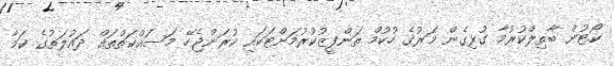
ކޯޓުން ބާތިލްކުރުމާ ގުޅިގެން މަރުގެ ހުކުމް ތަންފީޒުކުރުމަށްޓަކައި ކުރަންޖެހޭ މަސައްކަތްތައް ދައުލަތުގެ ކަމާ